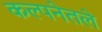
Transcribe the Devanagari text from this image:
कल्पनेतले